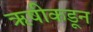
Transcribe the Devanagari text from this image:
ऋषीकडून